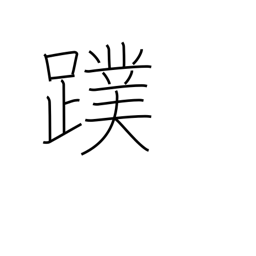
Meaning: webfoot